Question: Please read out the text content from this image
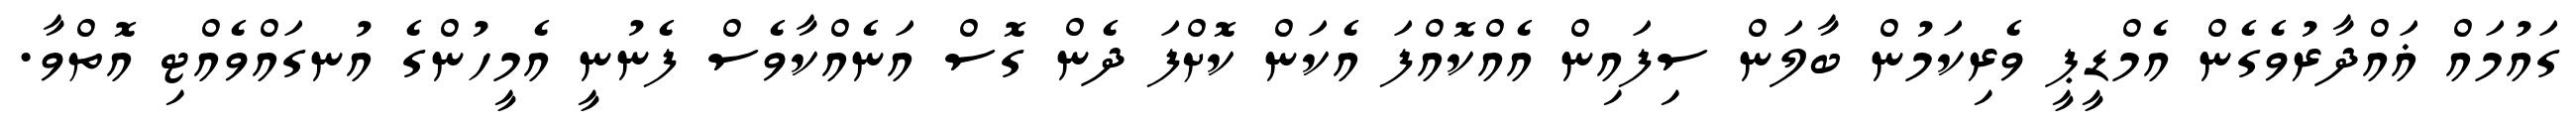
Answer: ގައުމައް ޣައްދާރުވެގެން އެމްޑީޕީ ވެރިކަމުން ބާލަން ސިފައިން އެއްކޮއްފަ އެކަން ކޮށްފަ ދެން ގޮސް އަނެއްކާވެސް ފެނުނީ އެމީހުންގެ އުނގައްވެއްޓި އޮތްވާ.